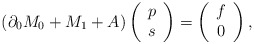
\begin{align*}\left(\partial_{0}M_{0}+M_{1}+A\right)\left(\begin{array}{c}p\\s\end{array}\right)=\left(\begin{array}{c}f\\0\end{array}\right),\end{align*}